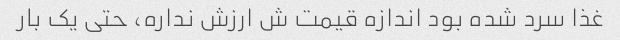
غذا سرد شده بود اندازه قیمت ش ارزش نداره، حتی یک بار